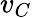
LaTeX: v_{C}